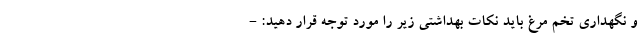
و نگهداری تخم مرغ باید نکات بهداشتی زیر را مورد توجه قرار دهید: -